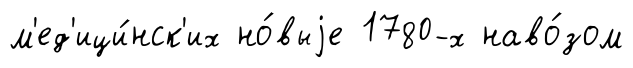
м'ед'ици́нск'их но́выjе 1780-х наво́зом